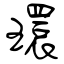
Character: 環